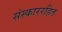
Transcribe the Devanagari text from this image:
संस्काररहित